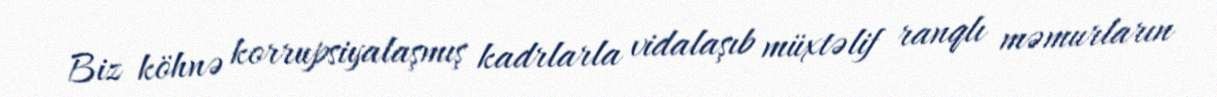
Biz köhnə korrupsiyalaşmış kadrlarla vidalaşıb müxtəlif ranqlı məmurların